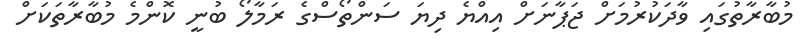
މުބާރާތުގައި ވާދަކުރުމަށް ޖަޕާނަށް އިއްޔެ ދިޔަ ސަންތޯސްގެ ރަމާލޯ ބުނީ ކޮންމެ މުބާރާތަކަށް